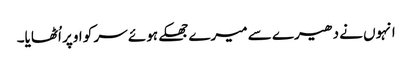
انہوں نے دھیرے سے میرے جھکے ہوئے سر کو اوپر اُٹھایا۔